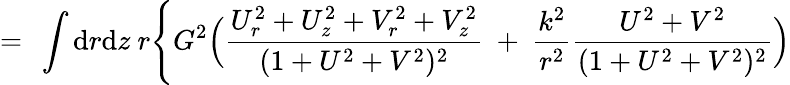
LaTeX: =\ \int\mathrm{d}r\mathrm{d}z\ r\Biggl\{ G^{2}\Bigl({\frac{{U_{r}^{2}+U_{z}^{2}+V_{r}^{2}+V_{z}^{2}}}{{(1+U^{2}+V^{2})^{2}}}}\ +\ \frac{{k^{2}}}{{r^{2}}}{\frac{{U^{2}+V^{2}}}{{(1+U^{2}+V^{2})^{2}}}}\Bigr)